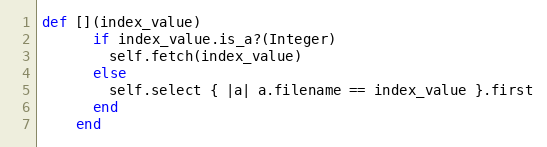
Language: Ruby
def [](index_value)
      if index_value.is_a?(Integer)
        self.fetch(index_value)
      else
        self.select { |a| a.filename == index_value }.first
      end
    end